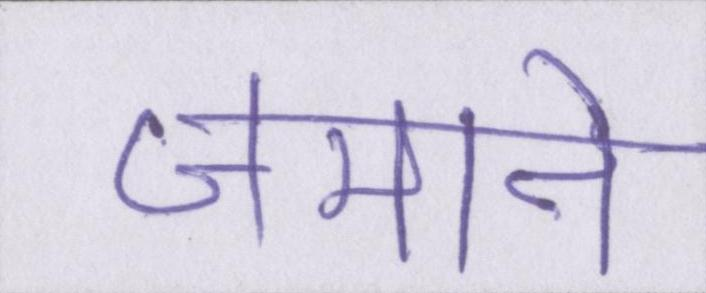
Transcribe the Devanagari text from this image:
जमाने